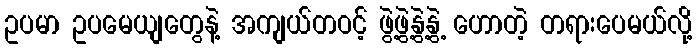
ဥပမာ ဥပမေယျတွေနဲ့ အကျယ်တဝင့် ဖွဲ့ဖွဲ့နွဲ့နွဲ့ ဟောတဲ့ တရားပေမယ်လို့